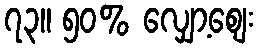
၇၃။ ၅၀% လျှော့စျေး